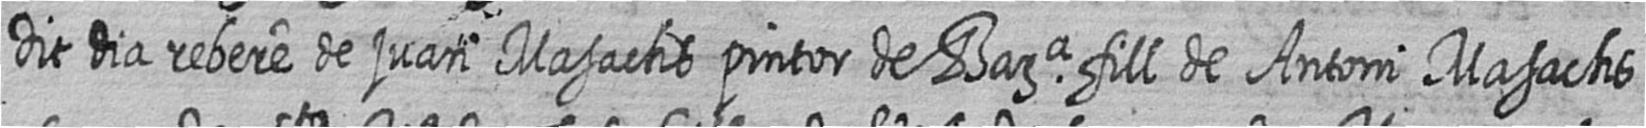
dit dia rebere de juan Masachs pintor de Bara fill de Antoni Masachs